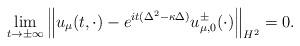
LaTeX: \begin{align*} \lim_{t\to\pm\infty}\left\|u_{\mu}(t,\cdot)-e^{it(\Delta^2-\kappa\Delta)}u_{\mu,0}^\pm(\cdot)\right\|_{H^2}=0. \end{align*}